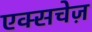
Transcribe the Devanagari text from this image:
एक्सचेज़